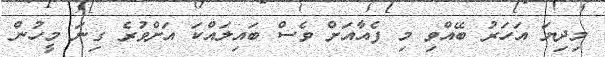
މިދިޔަ އަހަރު ބޭއްވި މި ފެއާއަށް ވެސް ބައިލައްކަ އަށްވުރެ ގިނަ މީހުން